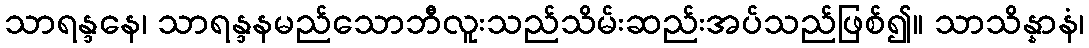
သာရန္ဒနေ၊ သာရန္ဒနမည်သောဘီလူးသည်သိမ်းဆည်းအပ်သည်ဖြစ်၍။ သာသိန္နာနံ၊